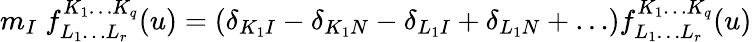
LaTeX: m_{I}\; f_{L_{1}\ldots L_{r}}^{K_{1}\ldots K_{q}}(u)=(\delta_{K_{1}I}-\delta_{K_{1}N}-\delta_{L_{1}I}+\delta_{L_{1}N}+\ldots)f_{L_{1}\ldots L_{r}}^{K_{1}\ldots K_{q}}(u)